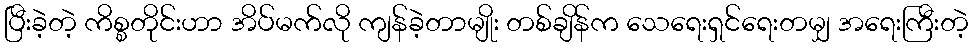
ပြီးခဲ့တဲ့ ကိစ္စတိုင်းဟာ အိပ်မက်လို ကျန်ခဲ့တာမျိုး တစ်ချိန်က သေရေးရှင်ရေးတမျှ အရေးကြီးတဲ့